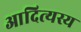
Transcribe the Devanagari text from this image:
आदित्यस्य